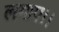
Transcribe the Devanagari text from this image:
लगाए।।